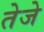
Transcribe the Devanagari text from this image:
तेजे